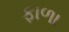
ફાળા